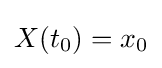
X(t_{0})=x_{0}